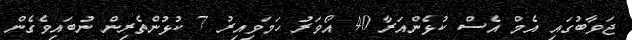
ޖަވާބުގައި އެމް އެސް ކުޅެންއަރާ 40 އޯވަރު ހަމަވިއިރު 7 ކުޅުންތެރިން ނުބައިވެގެން